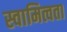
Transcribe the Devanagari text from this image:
स्वामित्वता